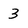
Character: 3